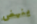
ينهض